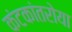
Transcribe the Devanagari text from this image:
कंटकांतरोया